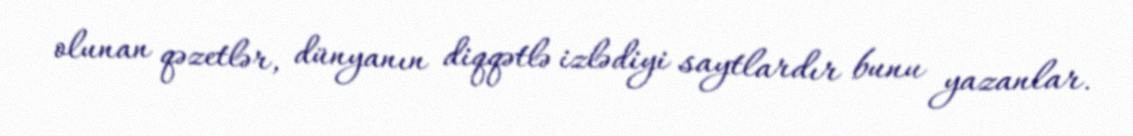
olunan qəzetlər, dünyanın diqqətlə izlədiyi saytlardır bunu yazanlar.